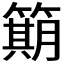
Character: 𫂣